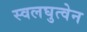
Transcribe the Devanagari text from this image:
स्वलघुत्वेन